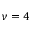
\nu = 4